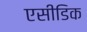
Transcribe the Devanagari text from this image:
एसीडिक